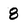
Character: 8